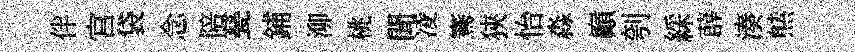
伴宫袋念陪甆鋪泖桃聞凌騫狹怡淼巔刳綵薜湊㷱